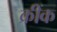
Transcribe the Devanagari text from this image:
क्रींक